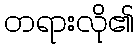
တရားလို၏